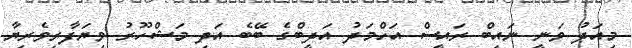
މިއަދު ވަނީ ނައިބް ރައީސް އަހްމަދު އަދީބްގެ ބޭބެ އަދި މަޝްހޫރު ވިޔަފާރިވެރިޔާ